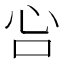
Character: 吢